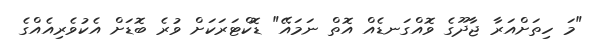
"މަ ހިތަށްއަރާ ޖާދޫގެ ވޮއްގަނޑެއް އޮތް ނަމައޭ" ޑޮކްޓަރަކަށް ވުރެ ބޮޑަށް އެކުވެރިއެއްގެ